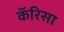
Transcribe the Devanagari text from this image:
कॅरिसा